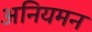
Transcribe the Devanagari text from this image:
अनियमन